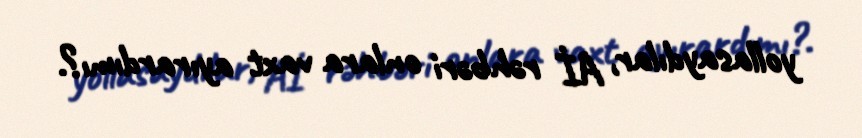
yollasaydılar, Aİ rəhbəri onlara vaxt ayırardımı?.